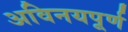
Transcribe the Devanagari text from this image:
अविनयपूर्ण